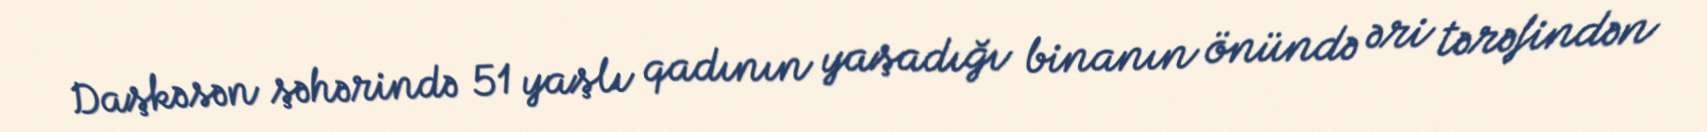
Daşkəsən şəhərində 51 yaşlı qadının yaşadığı binanın önündə əri tərəfindən